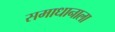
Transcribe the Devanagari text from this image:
समाधानाला